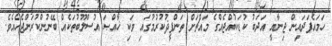
ހަމައެފަދައިން ޖިނާއީ އަދަބު ކުޑަކުއްޖެއްގެ މައްޗަށް ތަންފީޛުކުރުމުގައި ވަކި ޚާއްޞަ އުސްލޫބުތަކެއް ބޭނުންކުރަންޖެހެއެވެ.